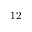
1 2